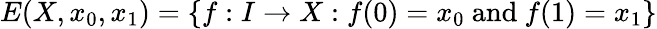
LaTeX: E(X,x_{0},x_{1})=\{ f:I\to X:f(0)=x_{0}{\mathrm{~and~}}f(1)=x_{1}\}